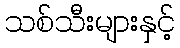
သစ်သီးများနှင့်